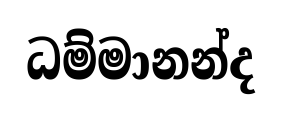
ධම්මානන්ද